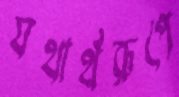
যথার্থরূপে